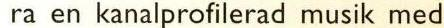
ra en kanalprofilerad musik med